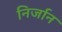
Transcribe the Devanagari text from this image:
निर्जान